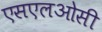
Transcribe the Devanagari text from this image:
एसएलओसी